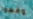
وقعوا